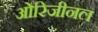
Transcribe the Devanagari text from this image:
ओरिजीनल